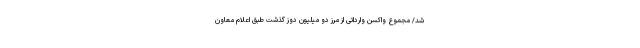
شد/ مجموع واکسن وارداتی از مرز دو میلیون دوز گذشت طبق اعلام معاون